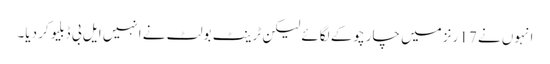
انہوں نے 17 رنز میں چار چوکے لگائے لیکن ٹرینٹ بولٹ نے انہیں ایل بی ڈبلیو کر دیا۔